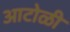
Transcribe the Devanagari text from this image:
आटोळी